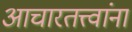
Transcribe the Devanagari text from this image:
आचारतत्त्वांना